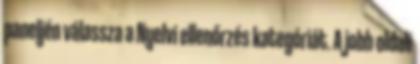
paneljén válassza a Nyelvi ellenőrzés kategóriát. A jobb oldali